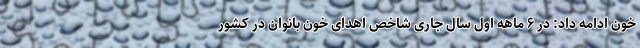
خون ادامه داد: در ۶ ماهه اول سال جاری شاخص اهدای خون بانوان در کشور